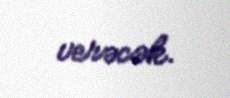
verəcək.